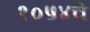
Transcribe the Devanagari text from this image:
१०५४चे